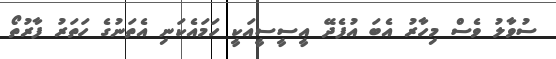
ސުވާލު ވެސް މިހާރު އެބަ އުފެދޭ އީސީސީއަކީ ހަމައެކަނި އެތަނުގެ ހަތަރު ފާރުތޯ